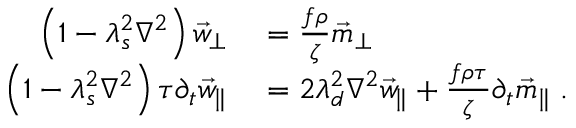
\begin{array} { r l } { \qquad \quad \left( 1 - \lambda _ { s } ^ { 2 } \nabla ^ { 2 } \right) \vec { w } _ { \perp } } & { { } = \frac { f \rho } { \zeta } \vec { m } _ { \perp } } \\ { \left( 1 - \lambda _ { s } ^ { 2 } \nabla ^ { 2 } \right) \tau \partial _ { t } \vec { w } _ { \parallel } } & { { } = 2 \lambda _ { d } ^ { 2 } \nabla ^ { 2 } \vec { w } _ { \parallel } + \frac { f \rho \tau } { \zeta } \partial _ { t } \vec { m } _ { \parallel } \; . } \end{array}